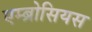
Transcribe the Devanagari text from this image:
एम्ब्रोसियस